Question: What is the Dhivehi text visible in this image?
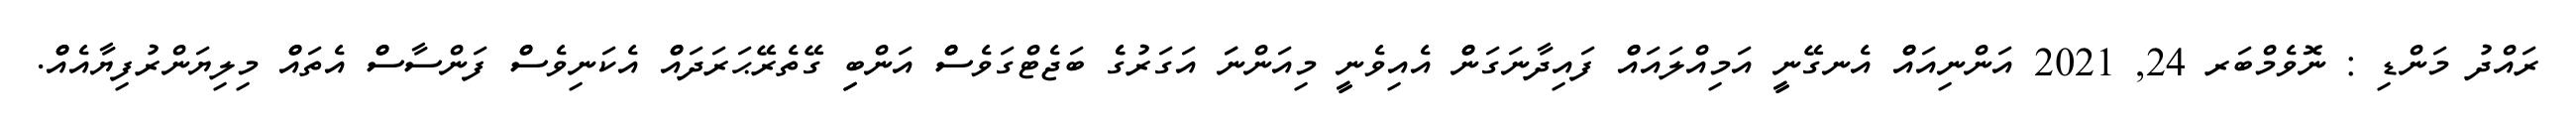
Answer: ރައްދު މަންޑި : ނޮވެމްބަރ 24, 2021 އަންނިއައްް އެނގޭނީީ އަމިއްލައައްް ފައިދާނަގަންް އެއިވެނީީ މިއަންނަަ އަގަރުގެެ ބަޖެޓްގަވެސްް އަންބިި ގޭތެރޭޙަރަދައްް އެކަނިވެސްް ފަންސާސްް އެތައްް މިލިޔަންރުފިޔާއެއްް.